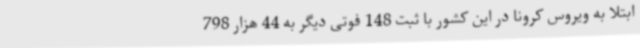
ابتلا به ویروس کرونا در این کشور با ثبت 148 فوتی دیگر به 44 هزار 798